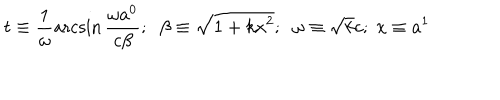
LaTeX: t \equiv \frac { 1 } { \omega } \operatorname { a r c s i n } \frac { \omega a ^ { 0 } } { c \beta } ; \; \; \beta \equiv \sqrt { 1 + k x ^ { 2 } } ; \; \; \omega \equiv \sqrt { k } c ; \; x \equiv a ^ { 1 }